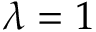
\lambda = 1